system: You are a helpful assistant.
user:
Analyze the provided spectrum to determine if it is a **M-type Giant (gM)**.

A M-type Giant spectrum is defined by its **strong molecular absorption** features, particularly from **Titanium Oxide (TiO)**. You must check for one of the following mutually exclusive signatures:

- **Key Visual Indicators (Absorption-Dominated Spectrum):**

    - **(Primary):** The spectrum is dominated by strong molecular absorption from **Titanium Oxide (TiO)**. This is the **defining feature** of its M-type temperature class.
        - **(Key Bandheads):** Look for sharp, "saw-tooth" absorption valleys. The strongest are located near **~7050 Å**, **~6160 Å**, and **~5170 Å**.
        - **(Line Profile):** The "saw-tooth" morphology is critical: a **sharp, steep drop on the BLUE (short-wavelength) side** of the bandhead, followed by a gradual recovery (rising flux) towards the RED (long-wavelength) side.

    - **(Key Confirmation - Giant vs. Dwarf):** **ABSENCE** of strong **Calcium Hydride (CaH)** molecular bands. This is the primary diagnostic for *excluding* M-dwarfs.
        - **(Key Region):** The spectrum should lack the strong, broad absorption band seen in dwarfs between **~6800 Å and ~7000 Å**.

    - **(Secondary Confirmation - Giant):** A very strong and broad **Neutral Calcium (Ca I)** atomic absorption line.
        - **(Key Line):** Located at **~4226 Å**. In a giant (gM), this line is significantly deeper and broader than the same line in an M-dwarf (dM) due to low surface gravity.

    - **(Overall Spectrum):**
        - The continuum is **extremely red-sloping** (i.e., flux is very low in the blue and rises dramatically towards the red).
        - The entire spectrum appears "chopped up" by the deep TiO bands.

Think first, call **spectral_visualization_tool** if needed to examine features in detail, then provide your final answer. Your response must adhere to the following strict rules:
1.  **Overall Structure:** Your response must follow the format `<think>...</think> <tool_call>...</tool_call> (if a tool is used) <answer>...</answer>`.
2.  **Tool Usage Constraint:** You may only make **one** tool call per turn.
3.  **Final Answer Format:** In the `<answer>` tag, your conclusion must be inside a `\boxed{}` command (e.g., `\boxed{YES}` or `\boxed{NO}`), followed by your justification.

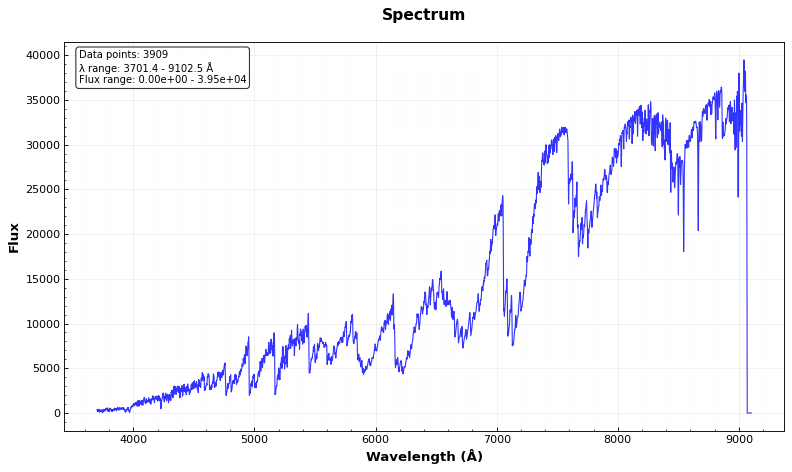
Answer: YES